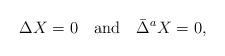
LaTeX: \begin{align*}\Delta X=0\quad\hbox{and}\quad\bar{\Delta}^aX=0,\end{align*}